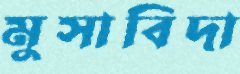
মুসাবিদা